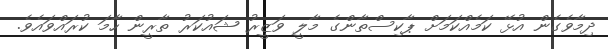
ދިމާވެގެން އުޅޭ ކަމެއްކަމަށް ޕާކިސްތާންގެ މާލީ ވަޒީރު ޝައުކަރު ތާރީން ހާމަ ކުރައްވައެވެ.